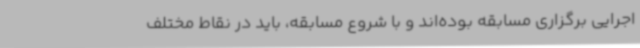
اجرایی برگزاری مسابقه بوده‌اند و با شروع مسابقه، باید در نقاط مختلف